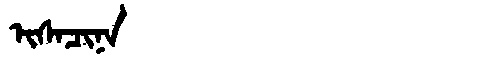
Manchu: ᡳᠰᠠᠴᡳᠨᠠ
Romanization: ISACINA